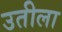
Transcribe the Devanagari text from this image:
उतीला